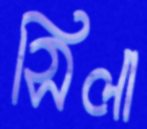
সিলা